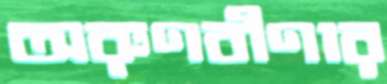
অরুণবীণার